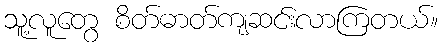
သူ့လူတွေ စိတ်ဓာတ်ကျဆင်းလာကြတယ်။